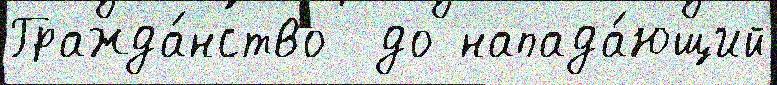
Гражда́нство  до напада́ющий